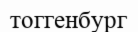
тоггенбург